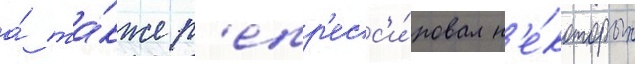
а́ та́кже р'епр'есс'и́ровал н'е́которых